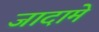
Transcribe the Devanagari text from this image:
जादामे